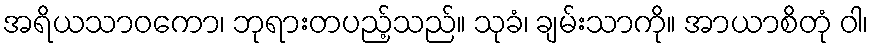
အရိယသာဝကော၊ ဘုရားတပည့်သည်။ သုခံ၊ ချမ်းသာကို။ အာယာစိတုံ ဝါ၊